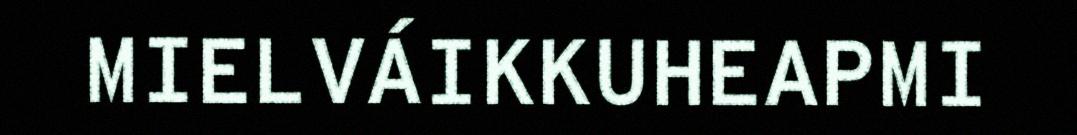
MIELVÁIKKUHEAPMI